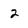
Character: 2